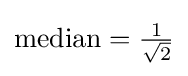
{\text{median}}={\tfrac {1}{\sqrt {2}}}